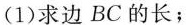
(1)求边BC的长；